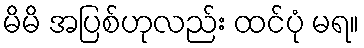
မိမိ အပြစ်ဟုလည်း ထင်ပုံ မရ။